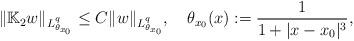
LaTeX: \begin{align*}\|\Bbb K_2 w\|_{L^q_{\theta_{x_0}}}\le C\|w\|_{L^q_{\theta_{x_0}}},\ \ \ \theta_{x_0}(x):=\frac1{1+|x-x_0|^3},\end{align*}